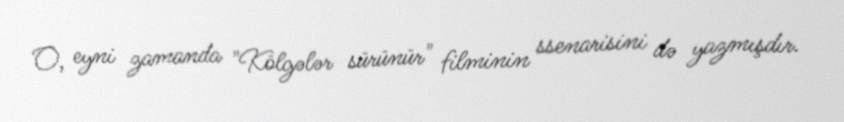
O, eyni zamanda "Kölgələr sürünür" filminin ssenarisini də yazmışdır.